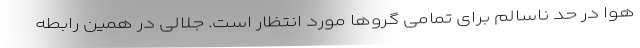
هوا در حد ناسالم برای تمامی گروها مورد انتظار است. جلالی در همین رابطه